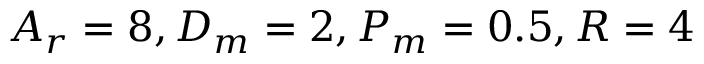
A _ { r } = 8 , D _ { m } = 2 , P _ { m } = 0 . 5 , R = 4